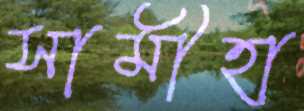
সামীহা